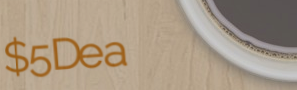
$5Deal